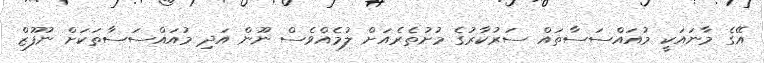
އޭގެ މާނައަކީ މުއައްސަސާތައް ސަރުކާރުގެ މުށުތެރެއަށް ލުމެއްވެސް ނޫން އަދި މުއައްސަސާތަކަށް ނުފޫޒް